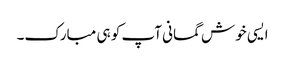
ایسی خوش گمانی آپ کو ہی مبارک۔